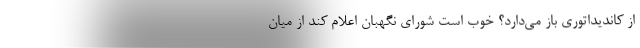
از کاندیداتوری باز می‌دارد؟ خوب است شورای نگهبان اعلام کند از میان